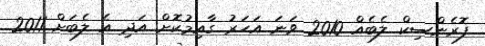
ފޮރެންސިކް ލެބެއް 2010 ވަނަ އަހަރު ގާއިމުކޮށް އަދި އެ ލެބަށް 2011